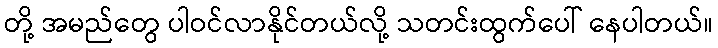
တို့ အမည်တွေ ပါဝင်လာနိုင်တယ်လို့ သတင်းထွက်ပေါ် နေပါတယ်။